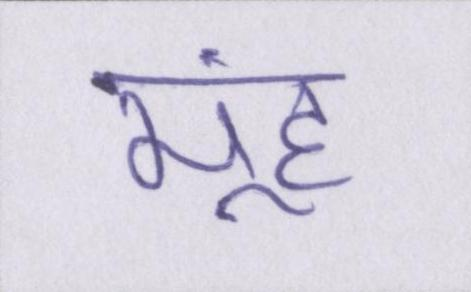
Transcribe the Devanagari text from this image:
मूंह